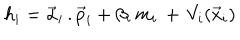
LaTeX: h _ { i } = \vec { \alpha } _ { i } \, . \vec { p } _ { i } + \beta _ { i } \, m _ { i } \, + \, V _ { i } ( \vec { x } _ { i } )